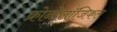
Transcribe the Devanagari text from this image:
क्रोनोलॉजिकल